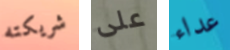
شريكته على عداء